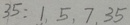
3 5 : 1 , 5 , 7 . 3 5